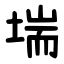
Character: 㙐